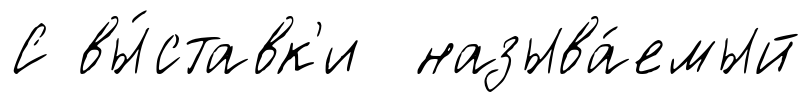
С вы́ставк'и называ́емый